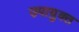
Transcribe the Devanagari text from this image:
उपायुक्‍त